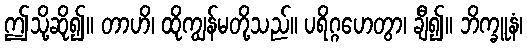
ဤသို့ဆို၍။ တာဟိ၊ ထိုကျွန်မတို့သည်။ ပရိဂ္ဂဟေတွာ၊ ချီ၍။ ဘိက္ခူနံ၊